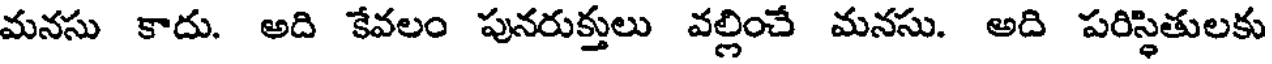
మనసు కాదు. అది కేవలం పునరుక్తులు వల్లించే మనసు. అది పరిస్థితులకు